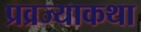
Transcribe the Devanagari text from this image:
प्रव्रज्याकथा